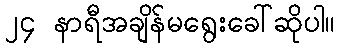
၂၄ နာရီအချိန်မရွေးခေါ်ဆိုပါ။